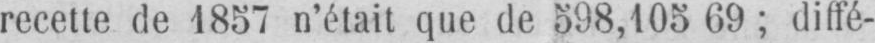
recette de 1857 n’était que de 598,105 69; diffé-